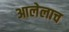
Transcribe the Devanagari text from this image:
आलेलाच